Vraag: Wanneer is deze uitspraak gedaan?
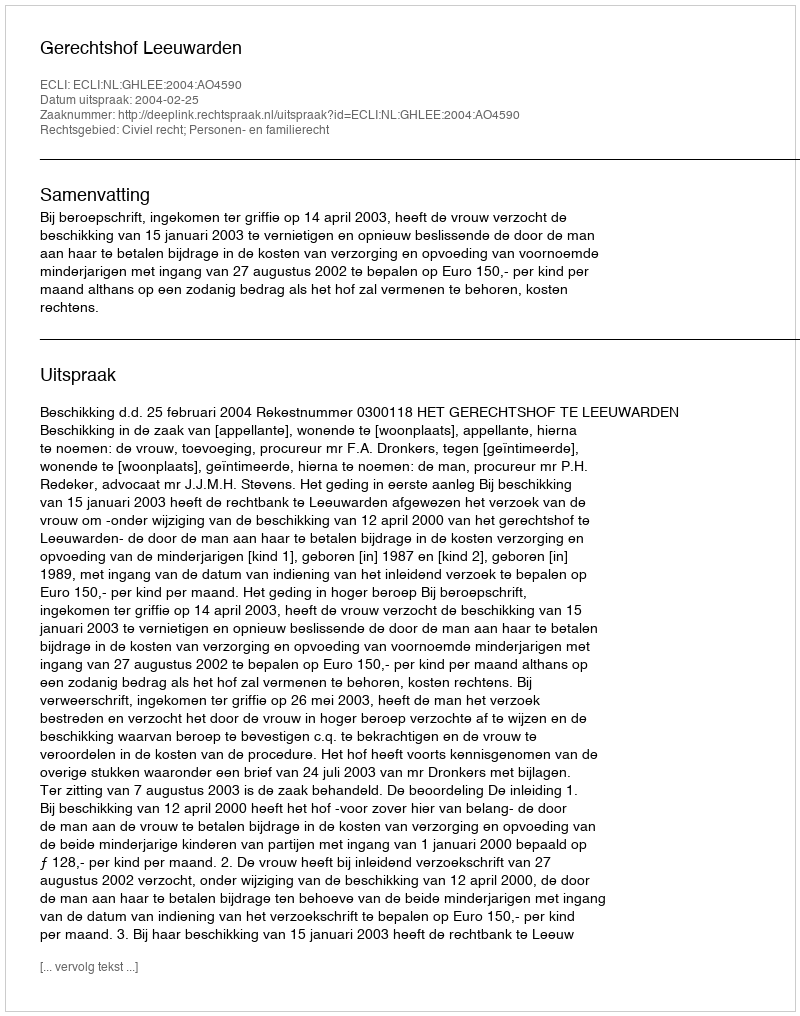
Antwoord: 2004-02-25